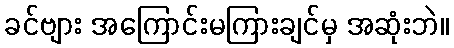
ခင်ဗျား အကြောင်းမကြားချင်မှ အဆုံးဘဲ။